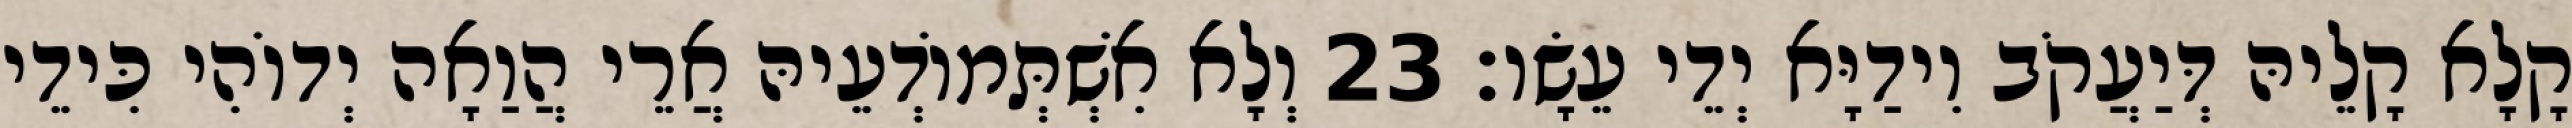
קָלָא קָלֵיהּ דְּיַעֲקֹב וִידַיָּא יְדֵי עֵשָׂו׃ 23 וְלָא אִשְׁתְּמוֹדְעֵיהּ אֲרֵי הֲוַאָה יְדוֹהִי כִּידֵי